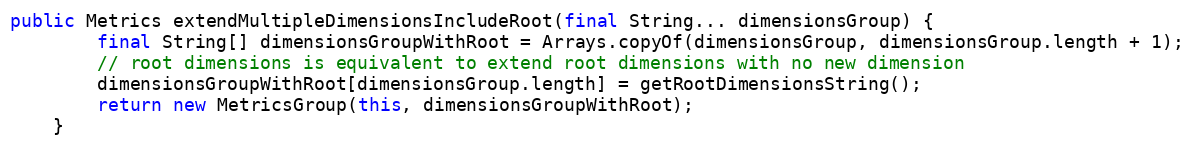
Language: Java
public Metrics extendMultipleDimensionsIncludeRoot(final String... dimensionsGroup) {
        final String[] dimensionsGroupWithRoot = Arrays.copyOf(dimensionsGroup, dimensionsGroup.length + 1);
        // root dimensions is equivalent to extend root dimensions with no new dimension
        dimensionsGroupWithRoot[dimensionsGroup.length] = getRootDimensionsString();
        return new MetricsGroup(this, dimensionsGroupWithRoot);
    }